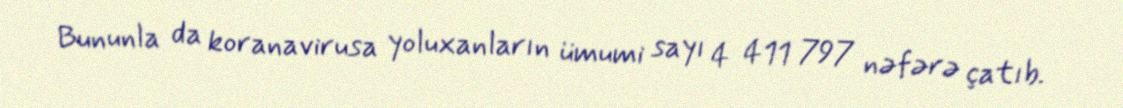
Bununla da koranavirusa yoluxanların ümumi sayı 4 411 797 nəfərə çatıb.